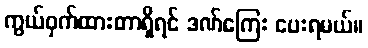
ကွယ်ဝှက်ထားတာရှိရင် ဒဏ်ကြေး ပေးရမယ်။